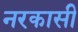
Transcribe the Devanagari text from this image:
नरकासी